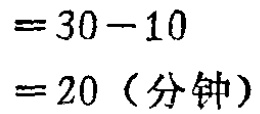
$=30 - 10$
$=20 \text{（分钟）}$